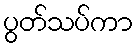
ပွတ်သပ်ကာ